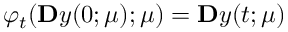
\varphi _ { t } ( \ensuremath { \mathbf Ḋ y Ḍ } ( 0 ; \ensuremath { \boldsymbol Ḋ \mu Ḍ } ) ; \ensuremath { \boldsymbol Ḋ \mu Ḍ } ) = \ensuremath { \mathbf Ḋ y Ḍ } ( t ; \ensuremath { \boldsymbol Ḋ \mu Ḍ } )